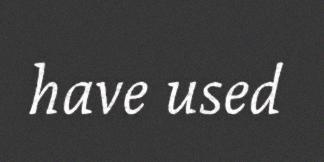
have used